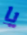
يا